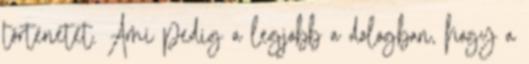
történetet. Ami pedig a legjobb a dologban, hogy a